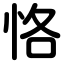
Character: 恪